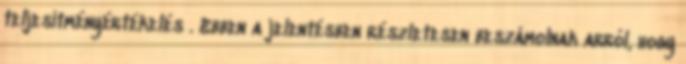
teljesítményértékelés . Ebben a jelentésben részletesen beszámolnak arról, hogy